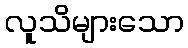
လူသိများသော